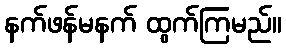
နက်ဖန်မနက် ထွက်ကြမည်။